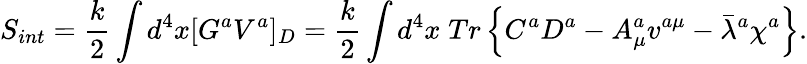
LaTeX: S_{int}=\frac{k}{2}\int d^{4}x[G^{a}V^{a}]_{D}=\frac{k}{2}\int d^{4}x\; Tr\left\{ C^{a}D^{a}-A_{\mu}^{a}v^{a\mu}-\bar{\lambda}{}^{a}\chi^{a}\right\} .